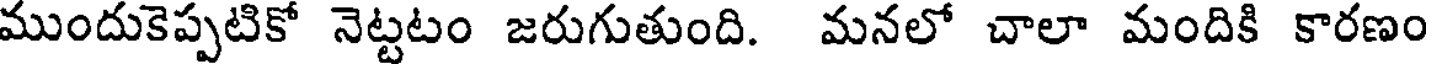
ముందుకెప్పటికో నెట్టటం జరుగుతుంది. మనలో చాలా మందికి కారణం